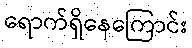
ရောက်ရှိနေကြောင်း